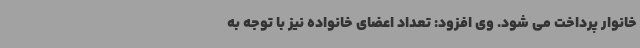
خانوار پرداخت می شود. وی افزود: تعداد اعضای خانواده نیز با توجه به